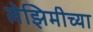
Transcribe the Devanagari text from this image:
लेझिमीच्या